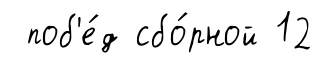
поб'е́д сбо́рной 12